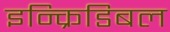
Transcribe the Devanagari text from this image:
इन्क्रिडिबल